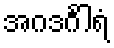
အဂဒင်္ဂါရံ